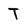
Character: T